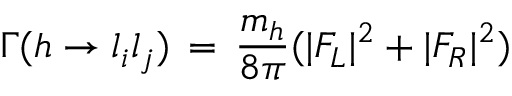
\Gamma ( h \to { l _ { i } l _ { j } } ) \, = \, { \frac { { m _ { h } } } { 8 \pi } } ( | F _ { L } | ^ { 2 } + | F _ { R } | ^ { 2 } )